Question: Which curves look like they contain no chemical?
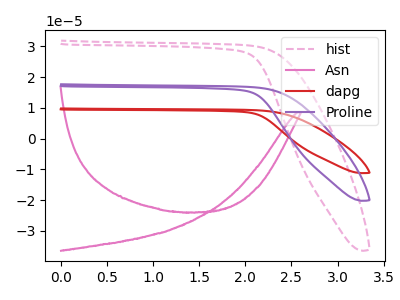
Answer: <think>The pink dashed curve "hist" has no peaks. The pink curve "Asn" has no peaks. The red curve "dapg" has no peaks. The purple curve "Proline" has no peaks.</think>
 <answer>"hist", "Asn", "dapg" and "Proline" are likely to be blanks.</answer>
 <eval>"hist", "Asn", "dapg", "Proline"</eval>